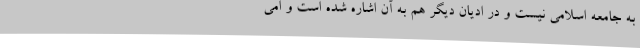
به جامعه اسلامی نیست و در ادیان دیگر هم به آن اشاره شده است و امی